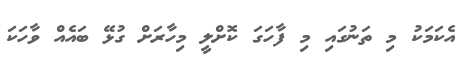
އެކަމަކު މި ތަނުގައި މި ފާހަގަ ކޮށްލީ މިހާރަށް ގުޅޭ ބައެއް ވާހަކަ